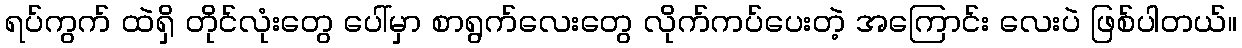
ရပ်ကွက် ထဲရှိ တိုင်လုံးတွေ ပေါ်မှာ စာရွက်လေးတွေ လိုက်ကပ်ပေးတဲ့ အကြောင်း လေးပဲ ဖြစ်ပါတယ်။